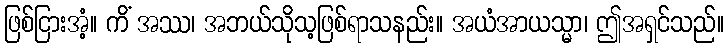
ဖြစ်ငြားအံ့။ ကိံ အဿ၊ အဘယ်သိုသ့ဖြစ်ရာသနည်း။ အယံအာယသ္မာ၊ ဤအရှင်သည်။